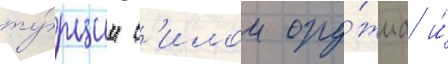
ту́рции с'илои ору́жиа и́